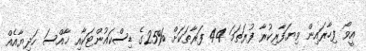
އީވޯ ފިހާރައިން ވިޔަފާރިކުރާ ފުރަތަމަ 44 ފަރާތަކަށް %25ގެ ޑިސްކައުންޓަކާއި ޚާއްސަ ހަދިޔާއެއް